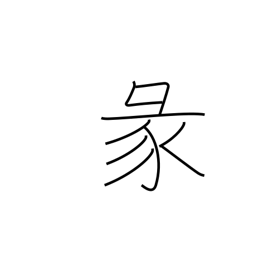
Meaning: divination